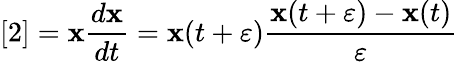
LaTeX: [2]=\mathbf{x}{\frac{{d\mathbf{x}}}{{dt}}}=\mathbf{x}(t+\varepsilon){\frac{{\mathbf{x}(t+\varepsilon)-\mathbf{x}(t)}}{{\varepsilon}}}